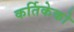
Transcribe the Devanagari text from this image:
कर्तिकेको